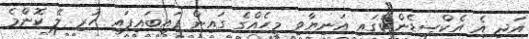
އަދި އެ އެކްސިޑެންޓްގައި އަނިޔާވި މީހެއްގެ ގައިން ފައިބައިފައި ހުރި ލޭ ކޮންމެ